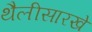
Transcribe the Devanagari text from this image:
थैलीसारखे